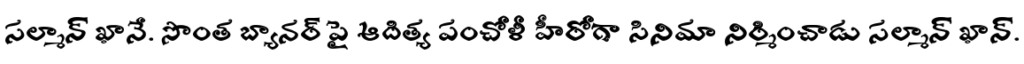
సల్మాన్ ఖానే. సొంత బ్యానర్ పై ఆదిత్య పంచోళీ హీరోగా సినిమా నిర్మించాడు సల్మాన్ ఖాన్.